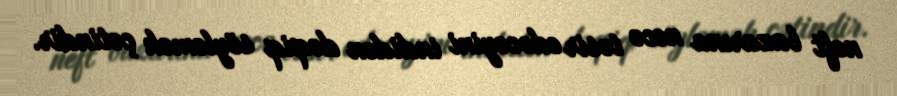
neft bazarına necə təsir edəcəyini indidən dəqiq söyləmək çətindir.